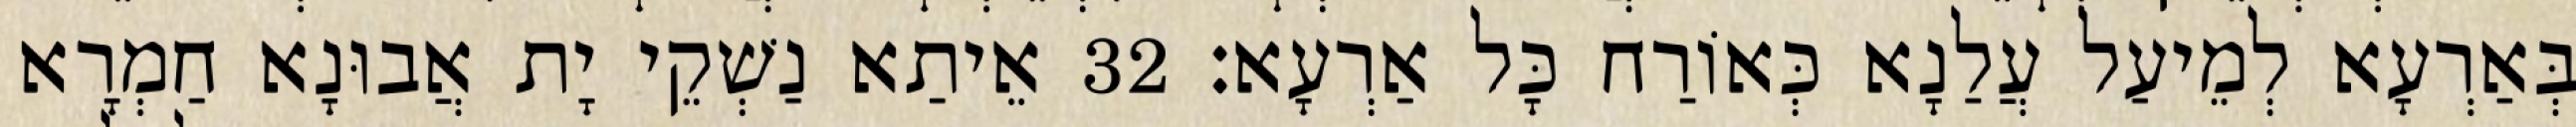
בְּאַרְעָא לְמֵיעַל עֲלַנָא כְּאוֹרַח כָּל אַרְעָא׃ 32 אֵיתַא נַשְׁקֵי יָת אֲבוּנָא חַמְרָא